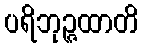
ပရိဘုဉ္ဇထာတိ